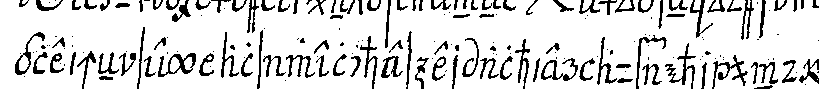
gleicheN sey als welches er alhier auf ehr und